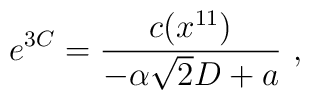
e^{3C}={{c(x^{11})}\over{-\alpha\sqrt{2}D+a}} \ ,